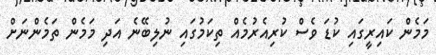
މަމެން ކައިރީގައި ކުޑަ ވެސް ކުރިއެރުމެއް ތިކަމުގައި ނުލިބޭނެ އަދި މަމެން ތަމެންނަށް